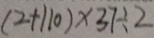
( 2 + 1 1 0 ) \times 3 7 \div 2